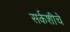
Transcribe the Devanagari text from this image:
सर्कशीचे